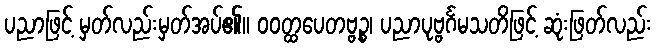
ပညာဖြင့် မှတ်လည်းမှတ်အပ်၏။ ဝဝတ္ထပေတဗ္ဗဉ္စ၊ ပညာပုဗ္ဗင်္ဂမသတိဖြင့် ဆုံးဖြတ်လည်း